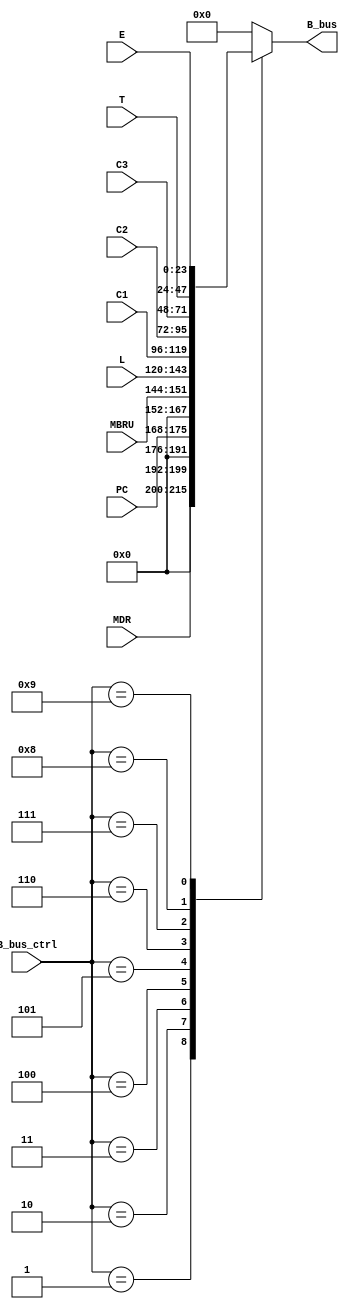
`timescale 1ns / 1ps
//////////////////////////////////////////////////////////////////////////////////
// Company: 
// Engineer: 
// 
// Design Name: 
// Module Name: decoder
// Project Name: 
// Target Devices: 
// Tool Versions: 
// Description: 
// 
// Dependencies: 
// 
// Revision:
// Revision 0.01 - File Created
// Additional Comments:
// 
//////////////////////////////////////////////////////////////////////////////////
module decoder(

input [23:0] L,C1,C2,C3,T,E,
input [7:0] PC, //or 8
input [7:0] MDR, 
input [7:0] MBRU,
input [3:0] B_bus_ctrl,
output reg [23:0] B_bus

);

always@(B_bus_ctrl or L or C1 or C2 or C3 or T or E or PC or MBRU or MDR)
	begin 
		case(B_bus_ctrl)
		
			4'b0001 : B_bus <= {16'b0,MDR};
			
			4'b0010 : B_bus <= {16'b0,PC};
			
			4'b0011 : B_bus <= {16'b0, MBRU};
			
			4'b0100 : B_bus <= L;
			
			4'b0101 : B_bus <= C1;
			
			4'b0110 : B_bus <= C2;
			
			4'b0111 : B_bus <= C3;
			
			4'b1000 : B_bus <= T;
			
			4'b1001 : B_bus <= E;
			
			default : B_bus <= 24'b0;
			
		endcase
	end
	
endmodule